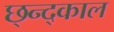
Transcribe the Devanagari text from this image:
छ्न्द्काल